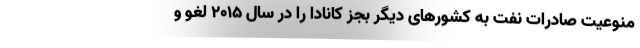
منوعیت صادرات نفت به کشورهای دیگر بجز کانادا را در سال ۲۰۱۵ لغو و